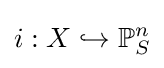
i:X\hookrightarrow \mathbb {P} _{S}^{n}